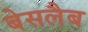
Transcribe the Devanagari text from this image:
बेसलैब